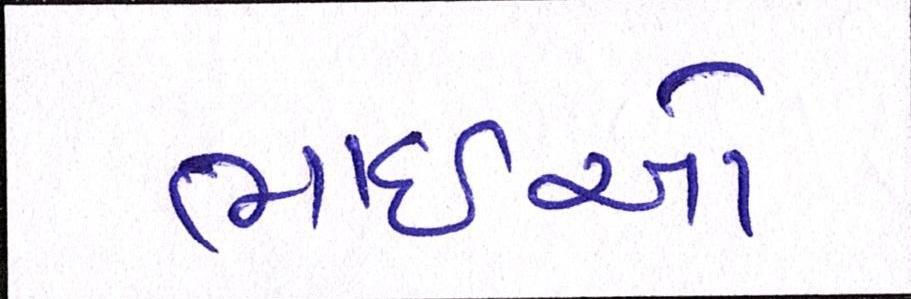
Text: ભાઈઓ